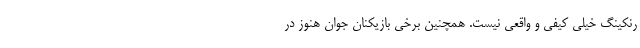
رنکینگ خیلی کیفی و واقعی نیست. همچنین برخی بازیکنان جوان هنوز در